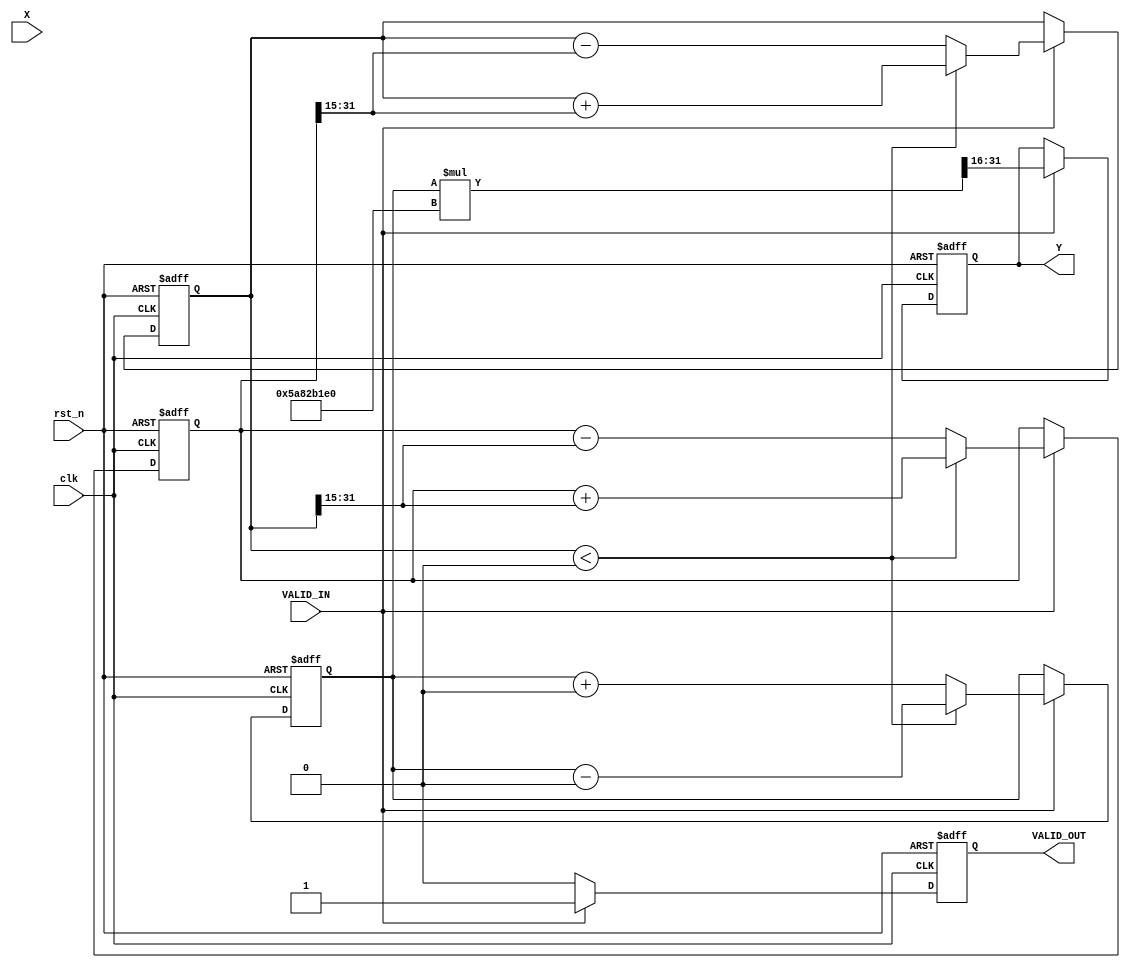
module atan_block (
    input wire clk,
    input wire rst_n,
    input wire [15:0] X, // Input: Fixed-point number representing the tangent value
    input wire VALID_IN,
    output reg [15:0] Y,  // Output: Fixed-point number representing the angle in radians
    output reg VALID_OUT
);

    // CORDIC parameters
    parameter N = 16; // Number of iterations
    parameter FIXED_POINT_SCALE = 16'h8000; // 1.0 in fixed-point
    reg signed [31:0] z; // Angle accumulator
    reg signed [31:0] x;
    reg signed [31:0] y;
    reg [4:0] i;

    // CORDIC gain
    wire signed [31:0] K;
    assign K = {16'h5A82, 16'hB1E0}; // Pre-calculated CORDIC gain

    always @(posedge clk or negedge rst_n) begin
        if (!rst_n) begin
            Y <= 0;
            VALID_OUT <= 0;
            x <= 0;
            y <= 0;
            z <= 0;
            i <= 0;
        end else if (VALID_IN) begin
            // Initialize values based on input
            x <= {X, 16'b0}; // Scaling input to fixed point
            y <= 0;
            z <= 0;

            // CORDIC rotation loop
            for (i = 0; i < N; i = i + 1) begin
                if (y < 0) begin
                    x <= x + (y >>> i);
                    y <= y + (x >>> i);
                    z <= z - (32'h30F2 >>> i); // atan(2^-i)
                end else begin
                    x <= x - (y >>> i);
                    y <= y - (x >>> i);
                    z <= z + (32'h30F2 >>> i); // atan(2^-i)
                end
            end

            // Apply CORDIC gain
            Y <= z * K >> 16; // Scale the result
            VALID_OUT <= 1;
        end else begin
            VALID_OUT <= 0; // No valid output if input is not valid
        end
    end
endmodule